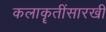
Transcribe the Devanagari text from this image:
कलाकॄतींसारखी